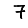
Digit: 7